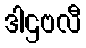
ဒါဌဗလီ